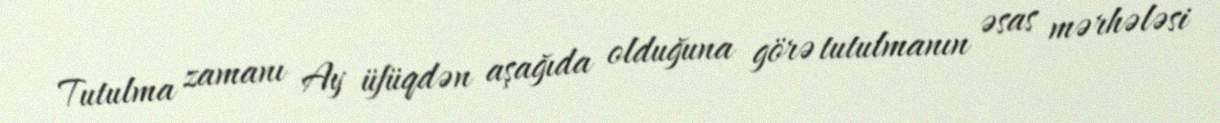
Tutulma zamanı Ay üfüqdən aşağıda olduğuna görə tutulmanın əsas mərhələsi